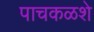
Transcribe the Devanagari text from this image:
पाचकळशे